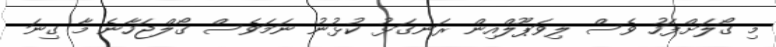
މި ގޯލަށްފަހު ވެސް ލިވަޕޫލްއިން ރަނގަޅު ކުޅުނު ނަމަވެސް ގޯލްޖަހާނެ މާ ގިނަ